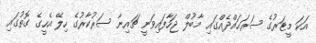
އަކަ މީޓަރުގެ ސަރަޙައްދެއްގައި މާބުލް ޖަހާފައިވަނީ ޗައިނާ ސަރުކާރުގެ ހިލޭ އެހީގެ ގޮތުގައި